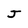
Character: J